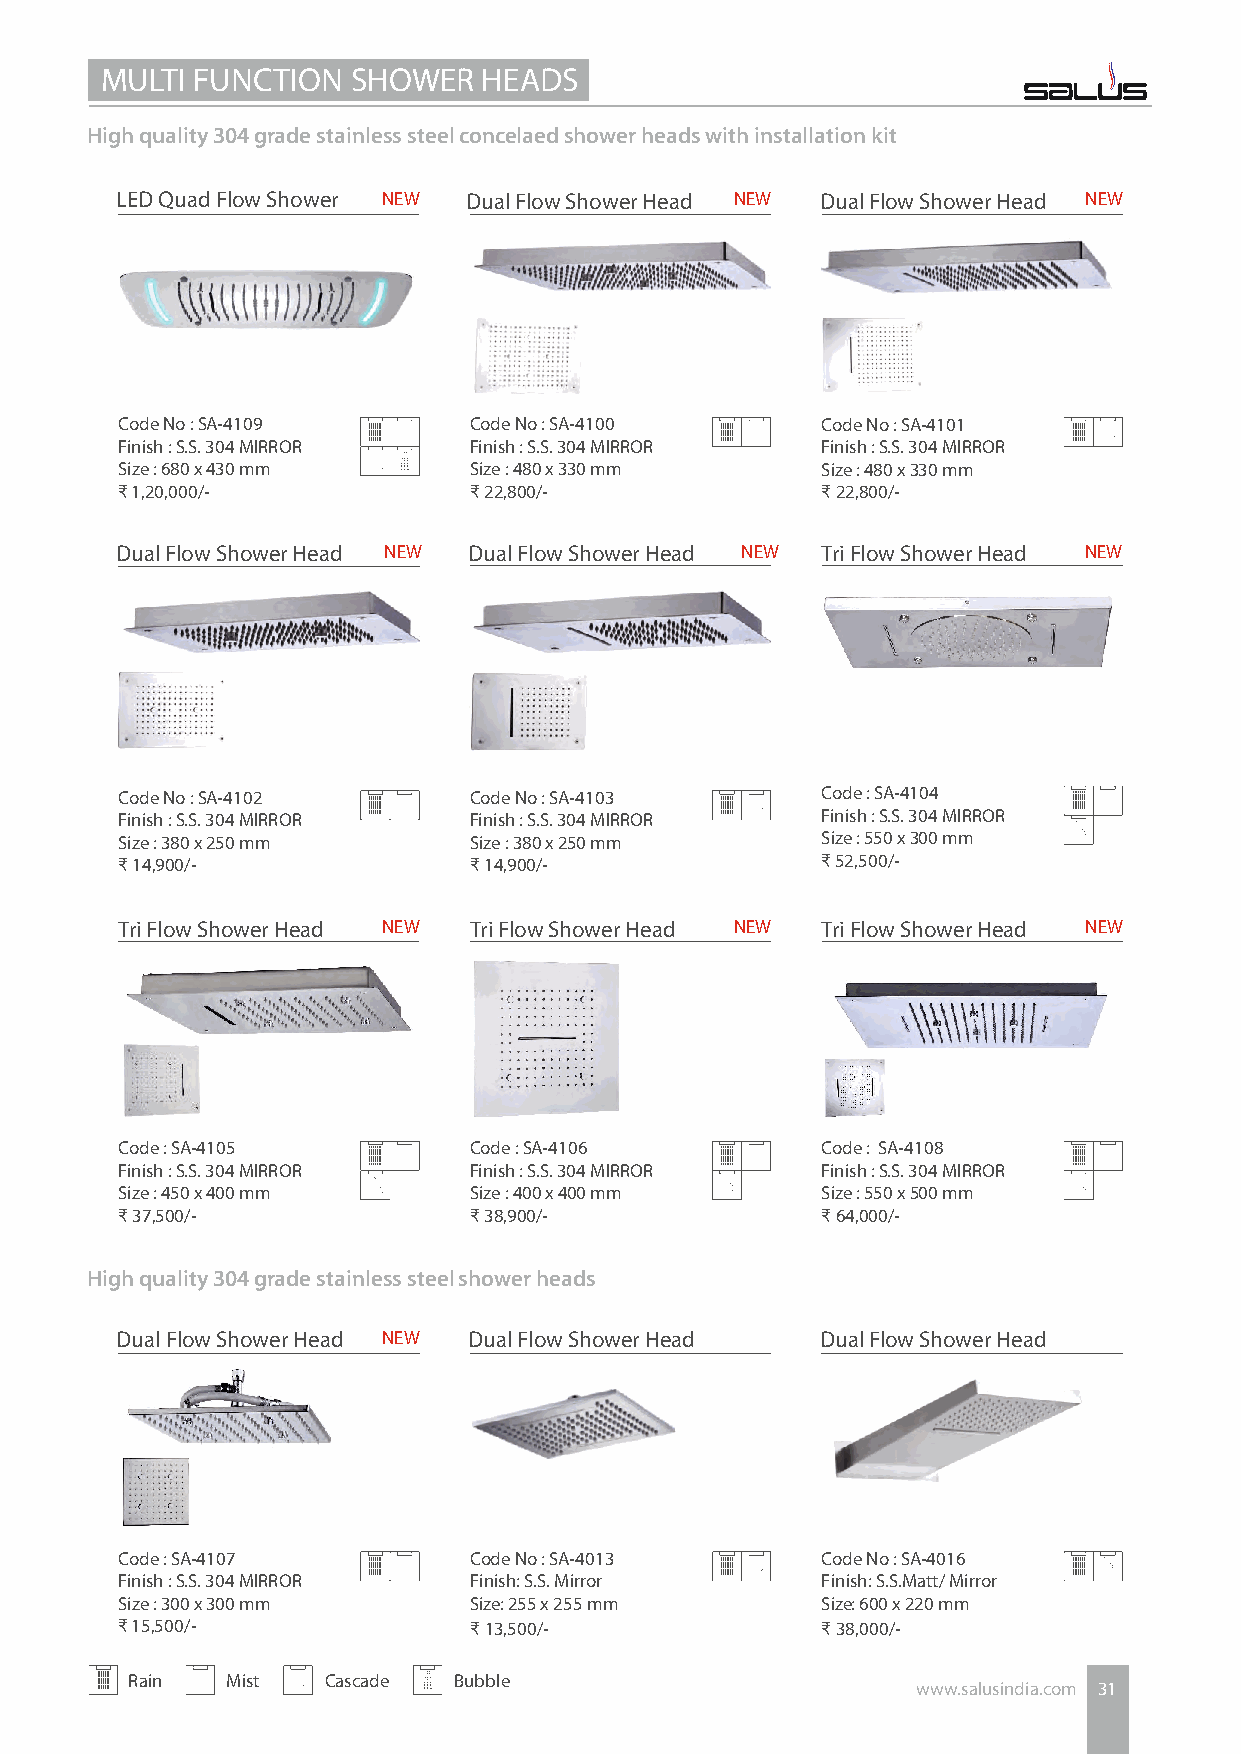
MULTI FUNCTION  SHOWER   HEADS
 High quality 304 grade stainless steel concelaed shower heads with installation kit
 LED Quad Flow Shower NEW Dual Flow Shower Head NEW Dual Flow Shower Head NEW
 Code No : SA-4109      Code No : SA-4100      Code No : SA-4101
 Finish : S.S. 304 MIRROR Finish : S.S. 304 MIRROR Finish : S.S. 304 MIRROR
 Size : 680 x 430 mm    Size : 480 x 330 mm    Size : 480 x 330 mm
 ₹ 1,20,000/-           ₹ 22,800/-             ₹ 22,800/-
 Dual Flow Shower Head NEW Dual Flow Shower Head NEW Tri Flow Shower Head NEW
 Code No : SA-4102      Code No : SA-4103      Code : SA-4104
 Finish : S.S. 304 MIRROR Finish : S.S. 304 MIRROR Finish : S.S. 304 MIRROR
 Size : 380 x 250 mm    Size : 380 x 250 mm    Size : 550 x 300 mm
 ₹ 14,900/-             ₹ 14,900/-             ₹ 52,500/-
 Tri Flow Shower Head NEW Tri Flow Shower Head NEW Tri Flow Shower Head NEW
 Code : SA-4105         Code : SA-4106         Code : SA-4108
 Finish : S.S. 304 MIRROR Finish : S.S. 304 MIRROR Finish : S.S. 304 MIRROR
 Size : 450 x 400 mm    Size : 400 x 400 mm    Size : 550 x 500 mm
 ₹ 37,500/-             ₹ 38,900/-             ₹ 64,000/-
 High quality 304 grade stainless steel shower heads
 Dual Flow Shower Head NEW Dual Flow Shower Head Dual Flow Shower Head
 Code : SA-4107         Code No : SA-4013      Code No : SA-4016
 Finish : S.S. 304 MIRROR Finish: S.S. Mirror  Finish: S.S.Matt/ Mirror
 Size : 300 x 300 mm    Size: 255 x 255 mm     Size: 600 x 220 mm
 ₹ 15,500/-             ₹ 13,500/-             ₹ 38,000/-
 Rain   Mist  Cascade  Bubble
 www.salusindia.com 31